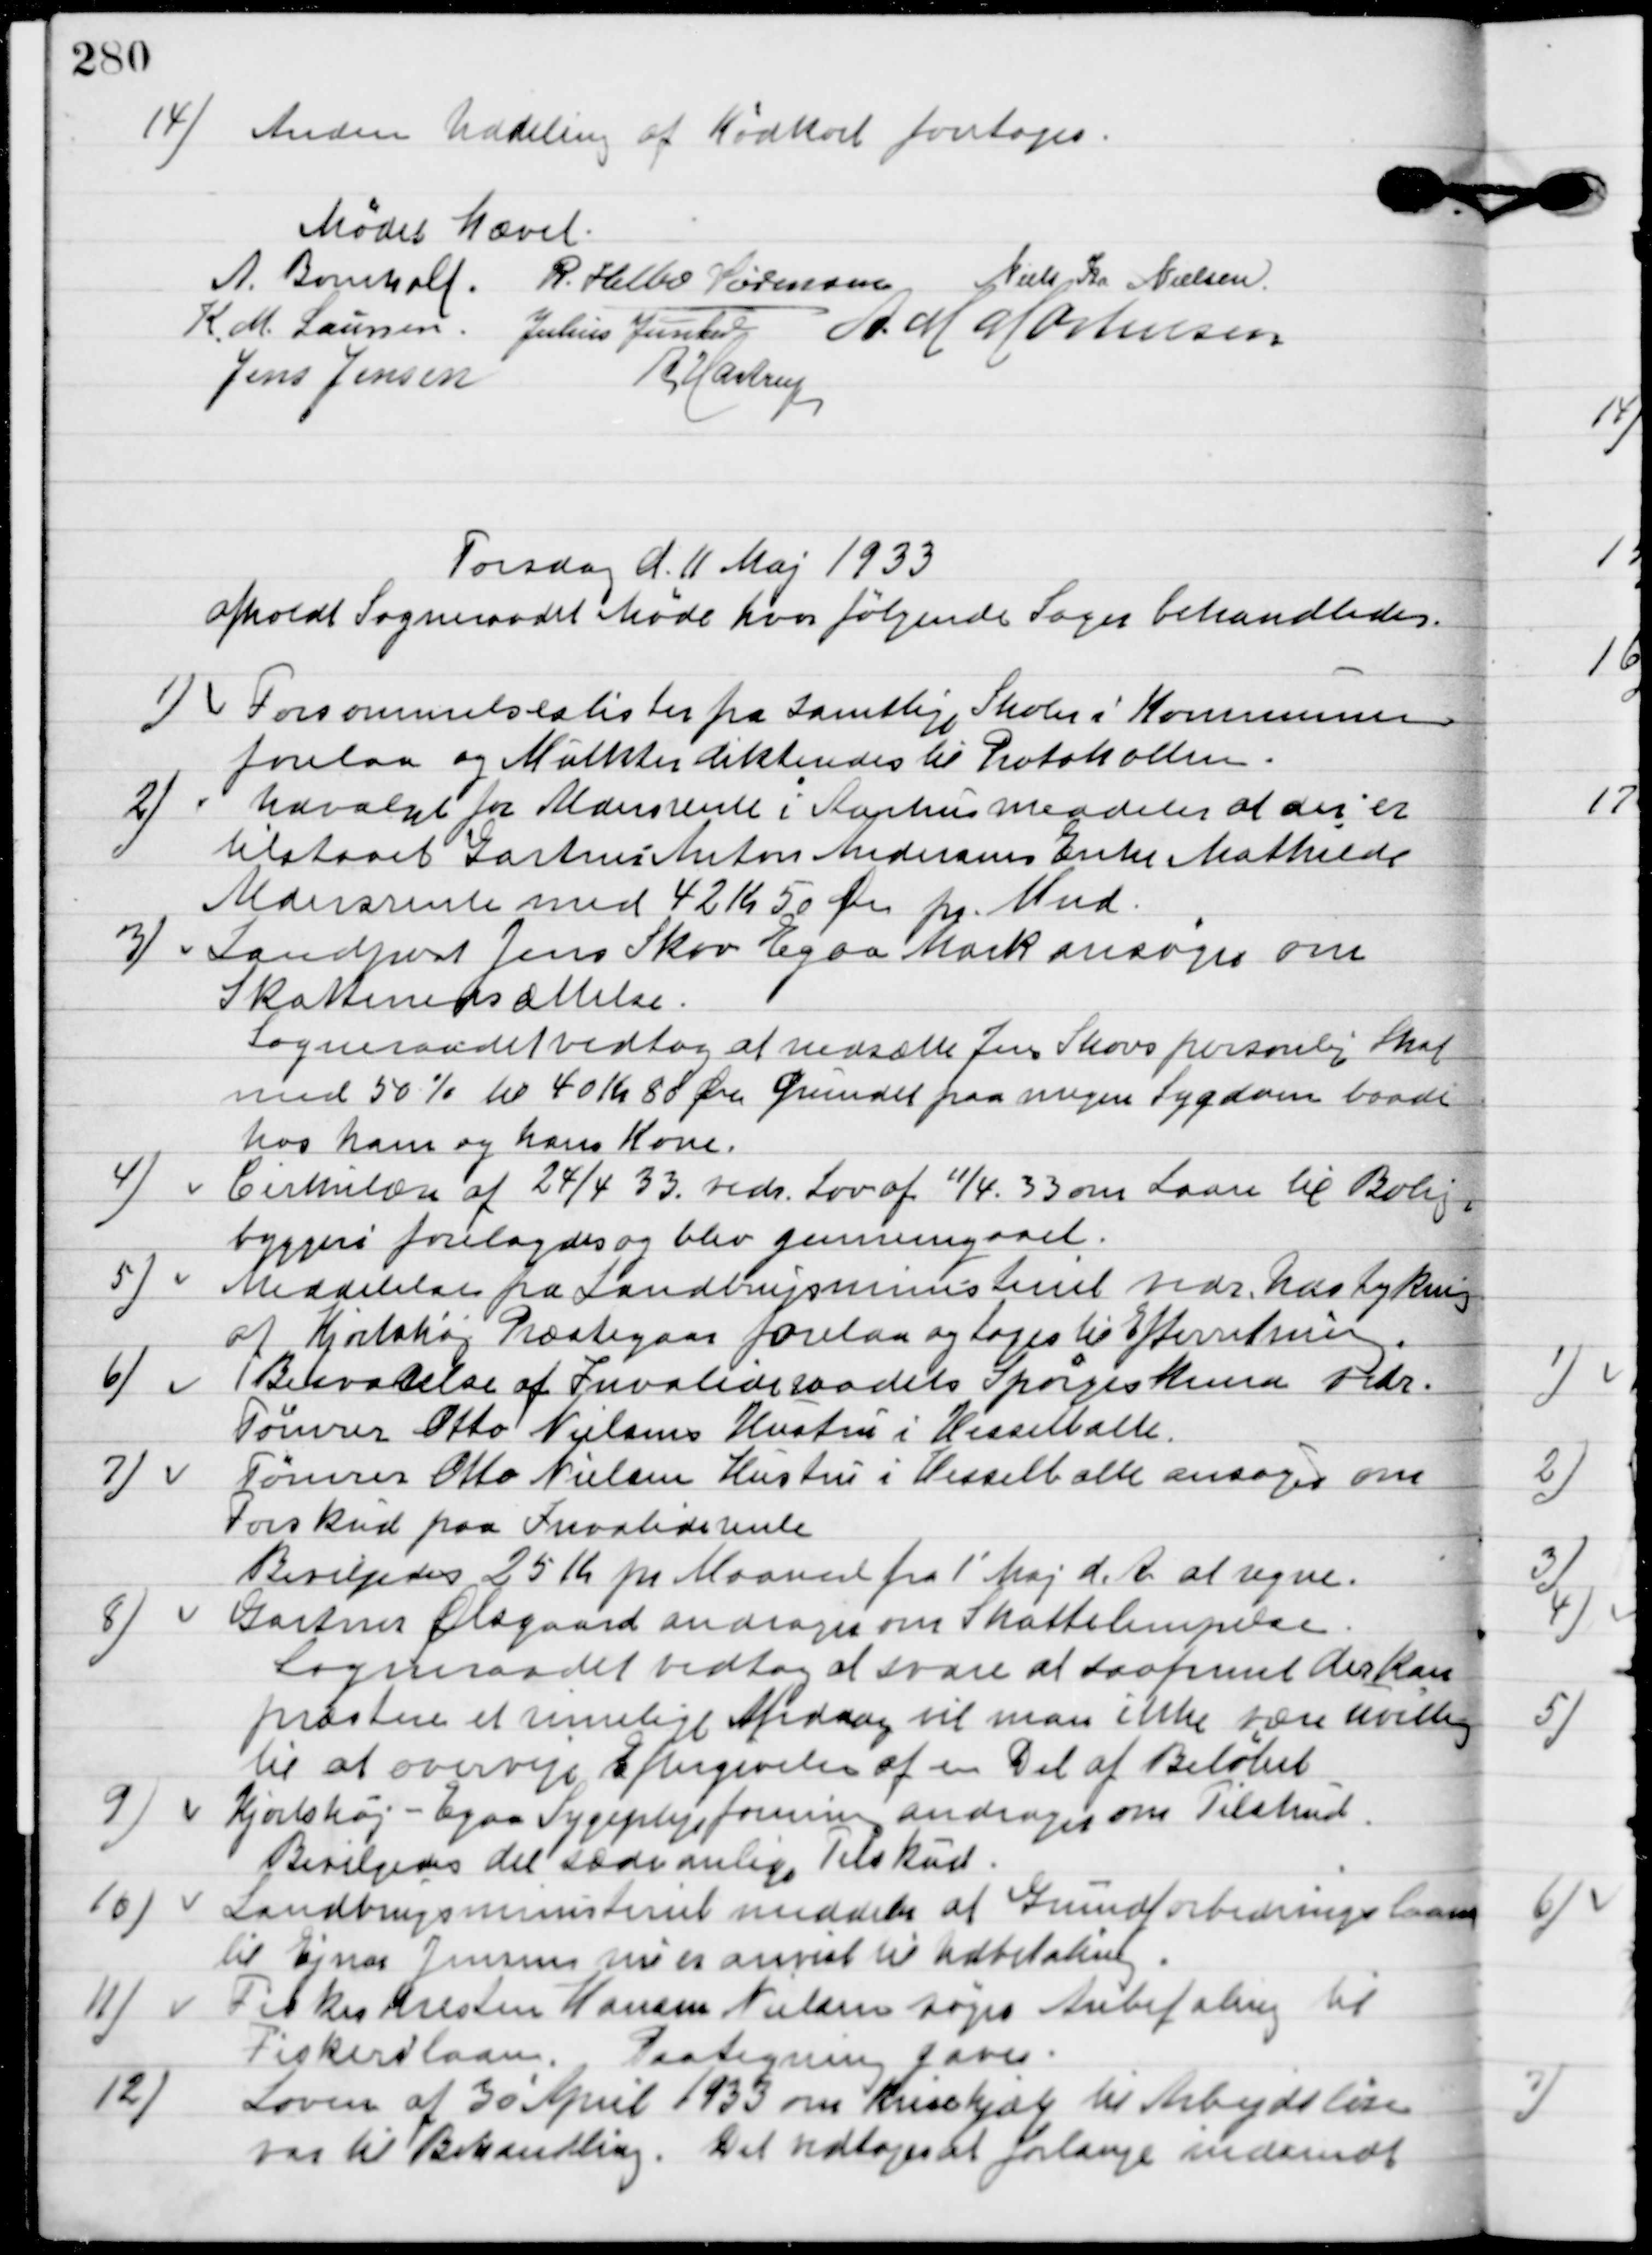
Transskription:
14

Anden Uddeling af Kødkort foretoges.

Mødet hævet.

A. Bomholt
R. Helbo Sørensen
Niels Chr. Nielsen
K. M. Laursen
Julius Junker
A. M. Mortensen
Jens Jensen
A. Hastrup

Torsdag d. 11 Maj 1933
afholdt Sogneraadet Møde hvor følgende Sager behandledes.

1

Forsømmelseslister for samtlige Skoler i Kommunen
forelaa og Mulkter dikteredes til Protokollen.

2

Udvalget for Aldersrente i Aarhus meddeler at der er
tilstaaet gartner Anton Andersens Enke Mathilde
Aldersrente med 42 Kr. 50 Øre pr. Mnd.

3

Landpost Jens Skov Egaa Mark ansøger om
Skattenedsættelse.
Sogneraadet vedtog at nedsætte Jens Skovs personlig Skat
med 50 % til 40 Kr. 80 Øre Grundet paa megen Sygdom baade
hos ham og hans Kone.

4.

Cirkulære af 24/4 33. vedr. Lov af 11/4. 33 om Laan til Bolig-
byggeri forelagdes og blev gennemgaaet.

5

Meddelelse fra Landbrugsministeriet vedr. Udstykning
af Hjortshøj Præstegaar forelaa og toges til Efterretning.

6.

Besvarelse af Invalideraadets Spørgeskema vedr.
Tømrer Otto Nielsens Hustru i Hesselballe.

7

Tømrer Otto Nielsen Hustru i Hesselballe ansøger om
forskud paa Invaliderente.
Bevilgedes 25 Kr. pr. Maaned fra 1´Maj d. A. at regne.

8

Gartner Ølsgaard andrager om skattelempelse
Sogneraadet vedtog at svare at saafremt der kan
præsteres et rimelige Afdrag vil man ikke være uvillig
til at overveje Eftergivelse af en Del af Beløbet.

9

Hjortshøj-Egaa Sygeplejeforening andrager om Tilskud.
Bevilgedes det sædvanlige Tilskud.

10

Landbrugsministeriet meddeler at Grundforbedringslaan
til Ejnar Jensen nu er anvist til Udbetaling.

11

Fisker Kresten Hansen Nielsen søger Anbefaling til
Fiskerilaan.
Paategning gaves.

12.

Loven af 30´April 1933 om Krisehjælp til Arbejdsløse
var til Behandling.
Det vedtoges at forlange indsendt